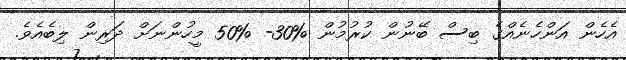
އެހެން އަންހެނެއްގެ ބިސް ބޭނުން ކުރުމުން %30- %50 މީހުންނަށް ދަރިން ލިބެއެވެ.